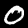
Label: 0